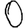
Digit: 0